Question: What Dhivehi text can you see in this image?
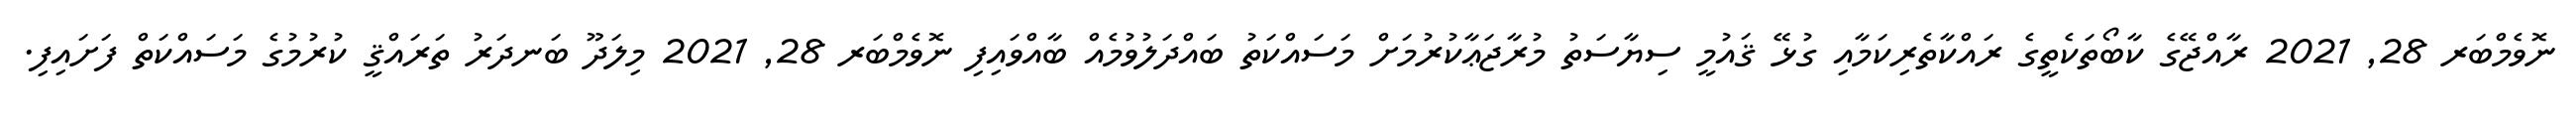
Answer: ނޮވެމްބަރ 28, 2021 ރާއްޖޭގެ ކާބޯތަކެތީގެ ރައްކާތެރިކަމާއި ގުޅޭ ޤައުމީ ސިޔާސަތު މުރާޖަޢާކުރުމަށް މަސައްކަތު ބައްދަލުވުމެއް ބާއްވައިފި ނޮވެމްބަރ 28, 2021 މިލަދޫ ބަނދަރު ތަރައްޤީ ކުރުމުގެ މަސައްކަތް ފަށައިފި.